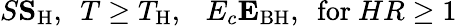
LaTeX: S\le S_{\mathrm{H}},~~T\ge T_{\mathrm{H}},~~~E_{c}\le E_{\mathrm{BH}},~~\mathrm{for}~HR\ge 1